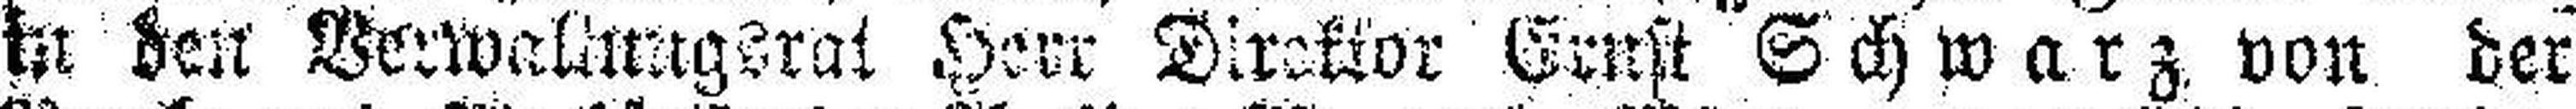
in den Verwaltungsrat Herr Direktor Ernst Schwarz von der